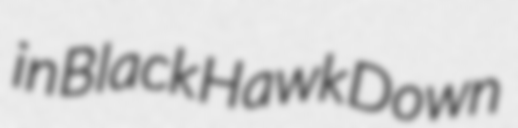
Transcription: in Black Hawk Down